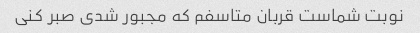
نوبت شماست قربان متاسفم که مجبور شدی صبر کنی